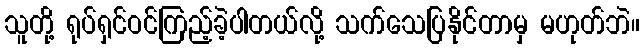
သူတို့ ရုပ်ရှင်ဝင်ကြည့်ခဲ့ပါတယ်လို့ သက်သေပြနိုင်တာမှ မဟုတ်ဘဲ။